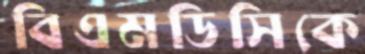
বিএমডিসিকে